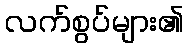
လက်စွပ်များ၏